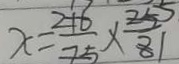
x = \frac { 2 1 } { 7 5 } \times \frac { 2 5 } { 8 }